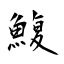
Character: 鰒